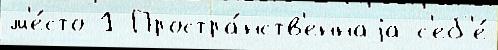
м'е́сто 1 Простра́нств'еннаjа с'еб'е́